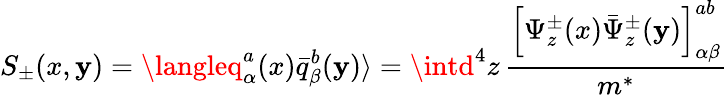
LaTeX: S_{\pm}(x,\mathbf{y})=\langleq_{\alpha}^{a}(x){\bar{{q}}}_{\beta}^{b}(\mathbf{y})\rangle=\intd^{4}z\, \frac{{\left[\Psi_{z}^{\pm}(x){\bar{{\Psi}}}_{z}^{\pm}(\mathbf{y})\right]_{\alpha\beta}^{ab}}}{{m^{*}}}